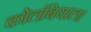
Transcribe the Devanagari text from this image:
कोलंबियाला